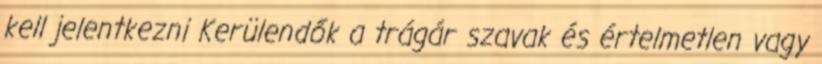
kell jelentkezni Kerülendők a trágár szavak és értelmetlen vagy